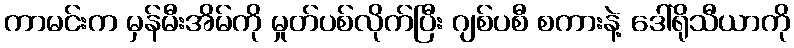
ကာမင်းက မှန်မီးအိမ်ကို မှုတ်ပစ်လိုက်ပြီး ဂျစ်ပစီ စကားနဲ့ ဒေါ်ရိုသီယာကို